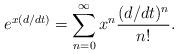
LaTeX: \begin{align*}e^{x(d/dt)} = \sum_{n = 0}^{\infty}x^n\dfrac{(d/dt)^n}{n!}.\end{align*}